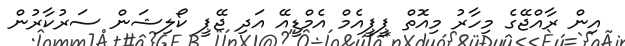
އިން ރާއްޖޭގެ މިހާރު މިއޮތް ޕީޕީއެމް އެމްޑީއޭ އަދި ޖޭޕީ ކޯލިޝަން ސަރުކާރުން